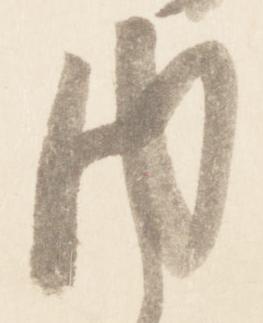
内